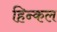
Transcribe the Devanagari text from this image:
हिन्कल